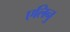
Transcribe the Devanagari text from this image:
एलिनु